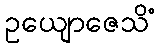
ဥယျောဇေသိံ